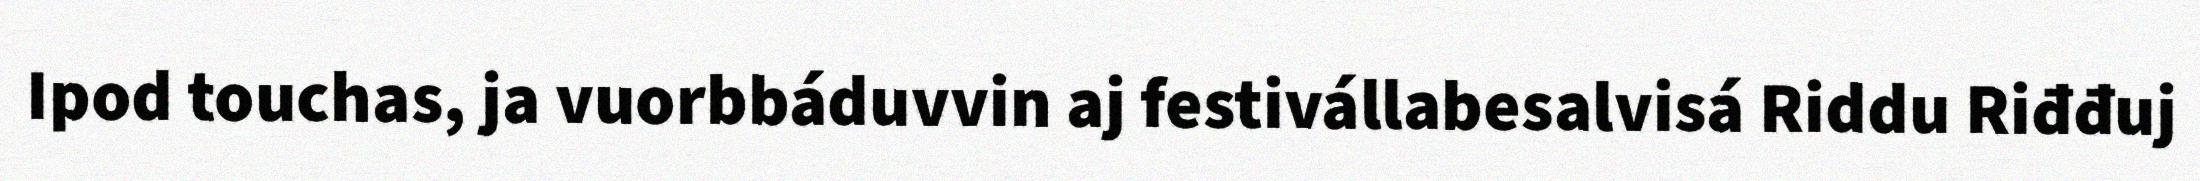
Ipod touchas, ja vuorbbáduvvin aj festivállabesalvisá Riddu Riđđuj